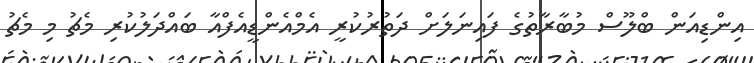
އިންޑިއަން ބްލޫސް މުބާރާތުގެ ފައިނަލަށް ދަތުރުކުރީ އެމްއެންޑީއެފްއާ ބައްދަލުކުރި މެޗު މި މެޗު